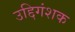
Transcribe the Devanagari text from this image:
उद्दिगंशक